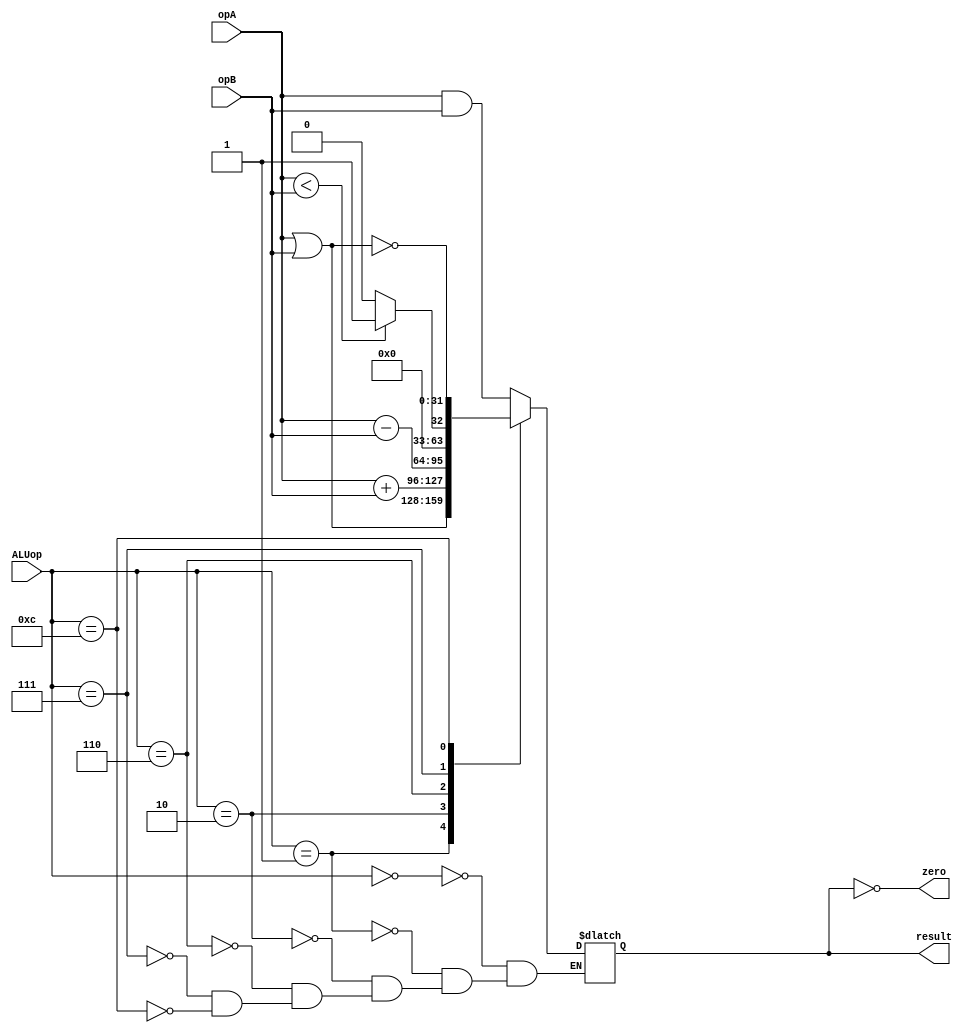
// This program was cloned from: https://github.com/the-pinbo/MIPS-single-cycle
// License: MIT License

module alu(
	input [31:0] opA,
	input [31:0] opB,
	input [3:0] ALUop,
	output reg [31:0] result,
	output zero //1 if result is 0
);

	assign zero = (result==0);

	always @(ALUop, opA, opB) begin
		case(ALUop)
			4'b0000: result=opA&opB;
			4'b0001: result=opA|opB;
			4'b0010: result=opA+opB;
			4'b0110: result=opA-opB;
			4'b0111: result=opA<opB?1:0; //slt
			4'b1100: result=~(opA|opB);
		endcase
	end

endmodule